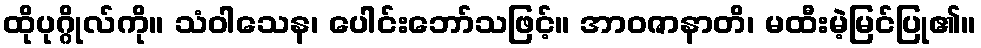
ထိုပုဂ္ဂိုလ်ကို။ သံဝါသေန၊ ပေါင်းဘော်သဖြင့်။ အာဝဇာနာတိ၊ မထီးမဲ့မြင်ပြု၏။